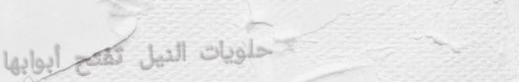
حلويات النيل تفتح أبوابها